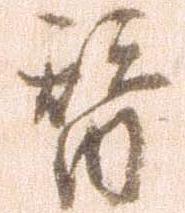
替